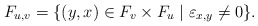
\begin{align*}F_{u,v} = \{(y,x)\in F_v\times F_u\mid \varepsilon_{x,y}\not=0\}.\end{align*}